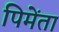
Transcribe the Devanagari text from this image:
पिमेंता